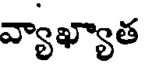
వ్యాఖ్యాత